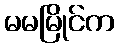
မမမြိုင်က